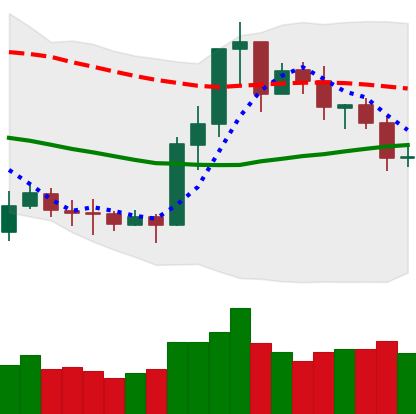
Ticker: ETC-USD
Chart end date: 2020-07-17
Forward return: 5.23%
Label: up_5_7